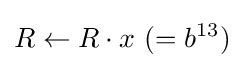
R\leftarrow R\cdot x{\text{ }}(=b^{13})